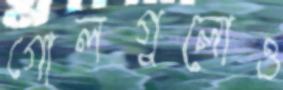
গোলগুলোও